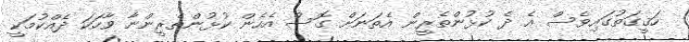
ހަޤީގަތުގައިވެސް އެ ދެ ކުޅުންތެރީން އެތަނަށް ގޮސް އެހެން ކުޅުންތެރީންނާ ވާހަކަ ދެއްކުމަކީ